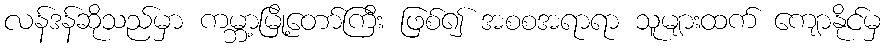
လန်ဒန်ဆိုသည်မှာ ကမ္ဘာ့မြို့တော်ကြီး ဖြစ်၍ အစစအရာရာ သူများထက် ကျောနိုင်မှ